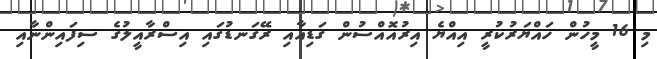
މި 16 މީހުން ހައްޔަރުކުރީ އިއްޔެ އިރުއޮއްސުން ގަޑިއާއި ރޭގަނޑުގައި އިސްރާއީލުގެ ސިފައިންނާއި